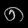
Digit: ၈